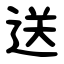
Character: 送